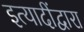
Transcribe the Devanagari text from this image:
इत्यादींद्वारा